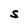
Character: S